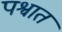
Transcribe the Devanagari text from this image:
पश्वात